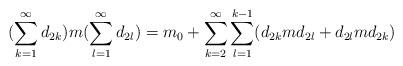
LaTeX: \begin{align*} (\sum_{k=1}^\infty d_{2k}) m (\sum_{l=1}^\infty d_{2l}) = m_0 + \sum_{k=2}^\infty \sum_{l=1}^{k-1} (d_{2k} m d_{2l} + d_{2l} m d_{2k}) \end{align*}